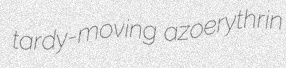
tardy-moving azoerythrin